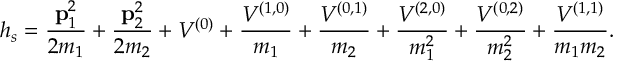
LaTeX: h _ { s } = { \frac { { \bf p } _ { 1 } ^ { 2 } } { 2 m _ { 1 } } } + { \frac { { \bf p } _ { 2 } ^ { 2 } } { 2 m _ { 2 } } } + V ^ { ( 0 ) } + { \frac { V ^ { ( 1 , 0 ) } } { m _ { 1 } } } + { \frac { V ^ { ( 0 , 1 ) } } { m _ { 2 } } } + { \frac { V ^ { ( 2 , 0 ) } } { m _ { 1 } ^ { 2 } } } + { \frac { V ^ { ( 0 , 2 ) } } { m _ { 2 } ^ { 2 } } } + { \frac { V ^ { ( 1 , 1 ) } } { m _ { 1 } m _ { 2 } } } .